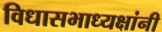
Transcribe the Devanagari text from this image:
विधासभाध्यक्षांनी